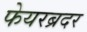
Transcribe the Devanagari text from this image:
फेयरब्रदर